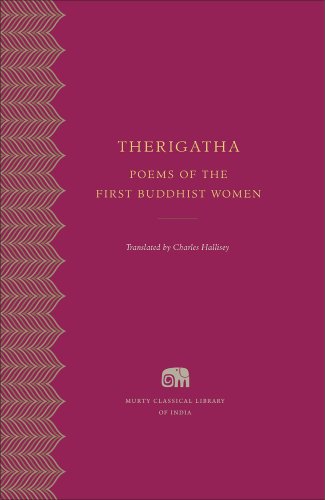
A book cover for Therigatha: Poems of the First Buddhist Women (Murty Classical Library of India); Literature & Fiction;